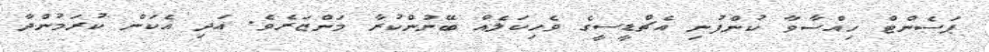
ޕަސެންޓް ހިއްސާވާ ކުންފުނި އެޗްޑީސީގެ ވެހިކަލެއް ބޭނުންކުރާ މަންޒަރެވެ. އަދި އެކަން ކުރަމުންދާ